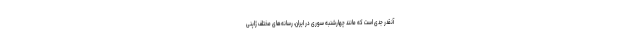
آنقدر جدی است که مانند چهارشنبه سوری در ایران، رسانه‌های مختلف ژاپنی